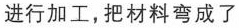
进行加工，把材料弯成了